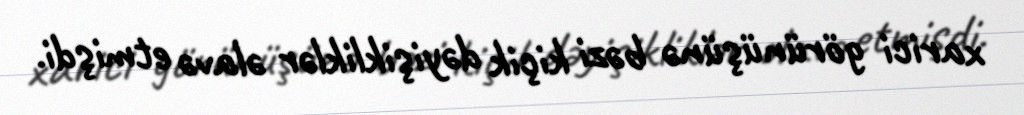
xarici görünüşünə bəzi kiçik dəyişikliklər əlavə etmişdi.